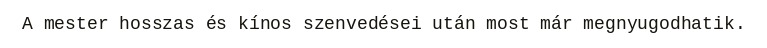
A mester hosszas és kínos szenvedései után most már megnyugodhatik.